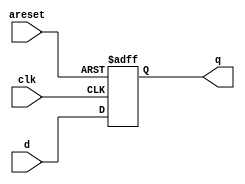
module top_module (
    input clk,
    input areset,   // active high asynchronous reset
    input [7:0] d,
    output reg [7:0] q
);
    always @(posedge clk or posedge areset) begin
        if(areset) q <= 8'd0;
        else q <= d;
    end

endmodule